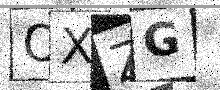
Text: OXZG